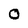
Character: O